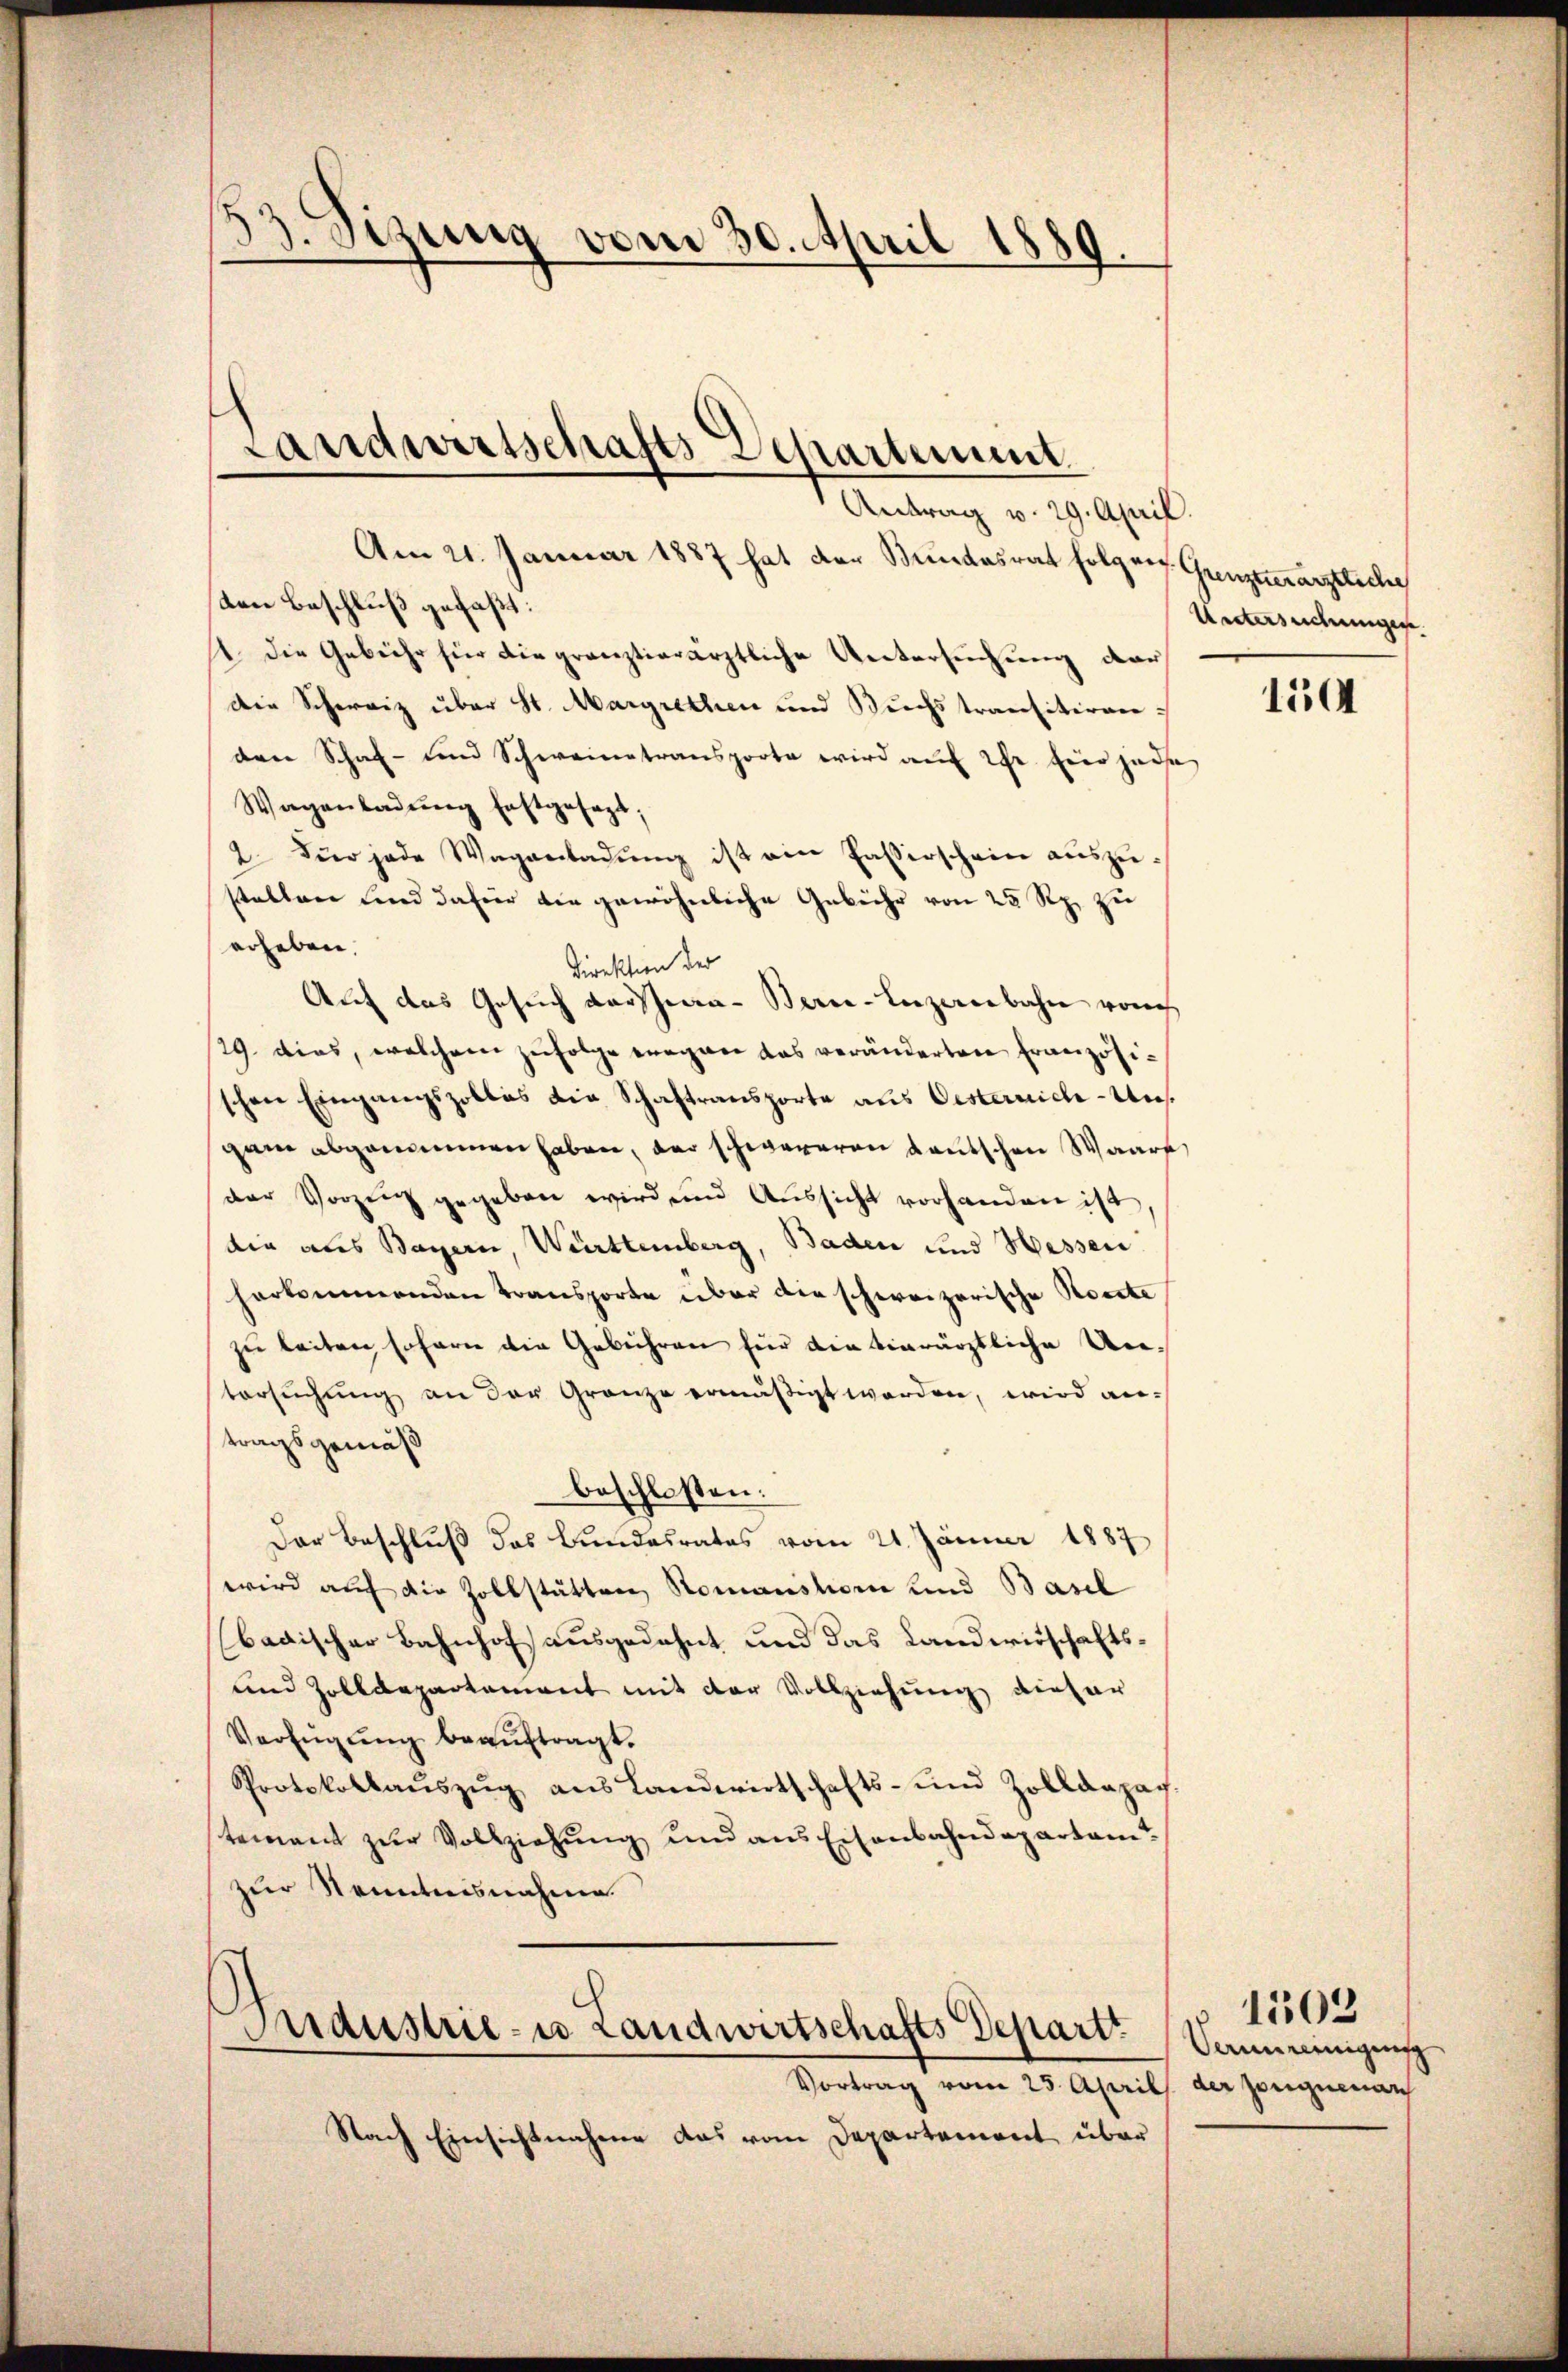
53. Sizung vom 30. April 1889

Landwirtschafts Departement.

Antrag v. 29. April
Am 21. Januar 1887 hat der Bundesrat folgen. Grenzterärztlicher
den Beschluß gefaßt:
1 die Gebühr für die gränztierärztliche Untersuchung dar
Die Schweiz über St. Margrethen und Buchstransitiren
den Schaf- und Schweinetransporte wird auf ihr hier jede
Wagenladŭng festgesagt;
2. Für jede Wagenladŭng ist ein Faserschein aŭszŭ-
stalten und dafür die gewöhnliche Gebühr von 25 Rp. zu
erheben.
Direktion der
Auf das Gesuch vorschia-Berie-Inzenbahn von
29. dies, welchem zufolge wegen das veränderten Französischen Eingangszollas die Schaftransporte aus Oesternich-Uns.
gann abgenommen haben, der schwereren deutschen Waarf
der Vorzug gegeben wird und Aussicht vorhanden ist
die aus Bayern, Württemberg, Baden und Hessen
herkommenden Transporte über die schweizerische Koste
zu leiten sofern die Gebühren für die vierärztliche Un-
tersŭchŭng an der Granze ermäßigt worden, wird antragsgemäß
beschlossen:
Der Beschluß das Bundesrates vom 21. Jänner 1887
wird auf die Zollstätten Romanshorn und Basel
badischer Bahnhof ausgedehnt und das Landwirschafts¬
und Zolldepartement mit der Vollziehung dieser
Verfügung beauftragt.
Protokollaŭszŭg ans Landwirtschafts- und Zolldepar
tement zur Vollziehung und aus Eisenbahndepartamt
zur Kenntnisnahme
Industrie- u Landwirtschafts Depart. Saneinigung
Vortrag vom 23. April
Nach Einsichtnahme das vom Departement über

Untersuchungen.

154

der Zeugnenarch

1503